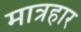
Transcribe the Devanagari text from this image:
मात्रहार